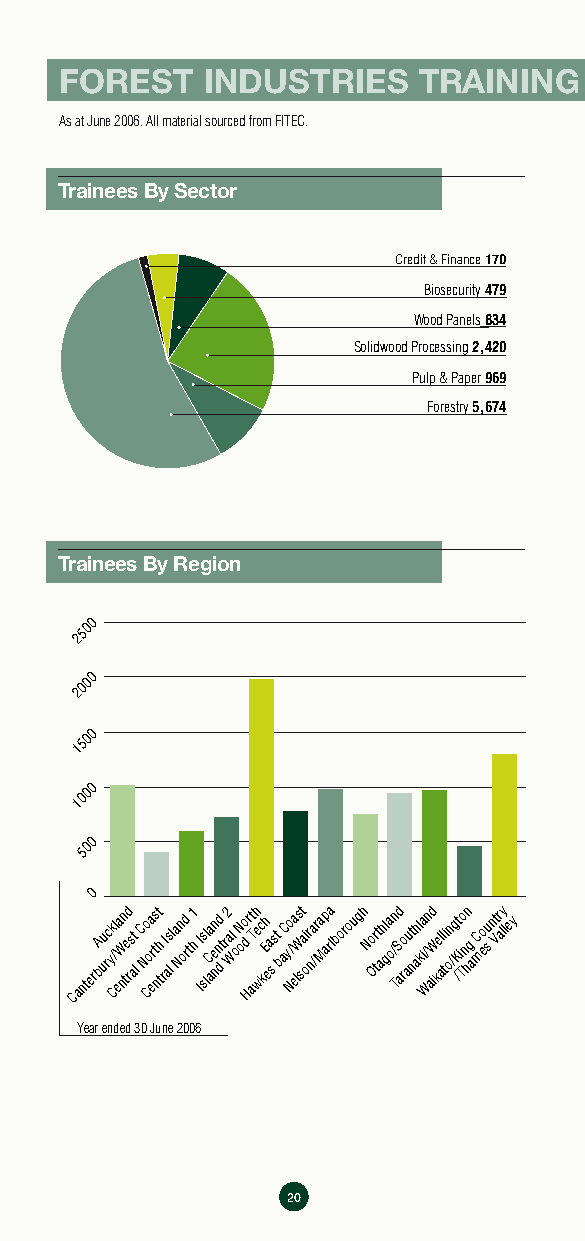
FOREST   INDUSTRIES     TRAINING   STATISTICS
 As at June 2006. All material sourced from FITEC.
 Trainees By Sector
 Credit & Finance 170
 Biosecurity479
 Wood Panels834
 Solidwood Processing2,420
 Pulp & Paper 969
 Forestry5,674
 Trainees By Region
 2500
 2000
 1500
 1000
 500
 0
 CanterbA uu rc yk C/l ea W nn te rd s at
 l
 C No Coa erts nt th rI alsl a Nn od r t1 h I Is sl lCa aen nnd dt r2 a Wl oN oo d
 H
 rt aTh e wc kEh ea
 s
 st
 b
 aC y No / ea lWs st ai or na /ra Map ra lborough No Or tt ahl ga o/n TS ad ro aut nahl kia / Wn aid W kel al ti on /g /Kt i To n hn g
 a
 C mo eu s nt Vr aly ley
 Year ended 30 June 2006
 20